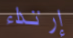
إرتداء